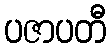
ပဇာပတီ